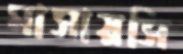
মাসায়সি